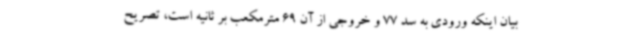
بیان اینکه ورودی به سد 77 و خروجی از آن 69 مترمکعب بر ثانیه است، تصریح